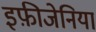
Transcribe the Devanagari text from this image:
इफ़ीजेनिया